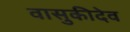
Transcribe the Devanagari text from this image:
वासुकीदेव